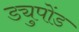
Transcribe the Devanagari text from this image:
ड्युपोंड